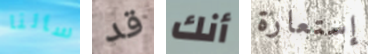
سألنا قد أنك إستعارة